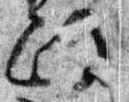
政